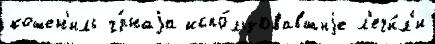
кошен'иль ч́рнаjа испо́льзовавшиjе л'ечи́л'и